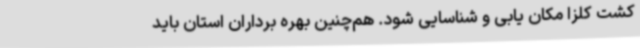
کشت کلزا مکان یابی و شناسایی شود. هم‌چنین بهره برداران استان باید